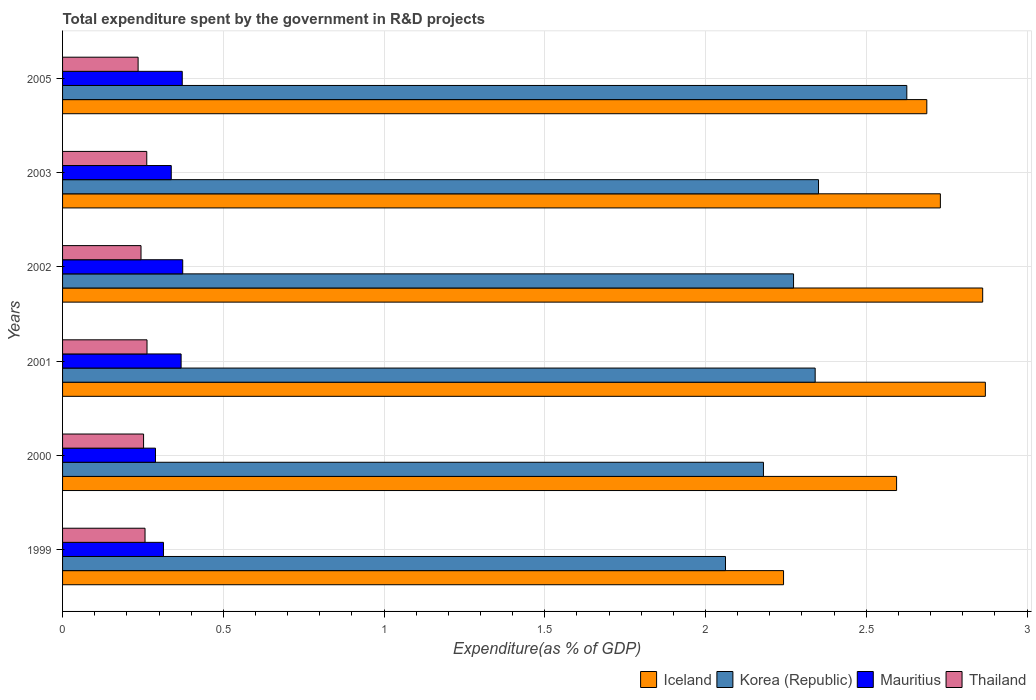
| Years | Iceland | Korea (Republic) | Mauritius | Thailand |
 | --- | --- | --- | --- | --- |
 | 1999 | 2.24 | 2.06 | 0.314 | 0.257 |
 | 2000 | 2.59 | 2.18 | 0.289 | 0.252 |
 | 2001 | 2.87 | 2.34 | 0.369 | 0.263 |
 | 2002 | 2.86 | 2.27 | 0.374 | 0.244 |
 | 2003 | 2.73 | 2.35 | 0.338 | 0.262 |
 | 2005 | 2.69 | 2.63 | 0.372 | 0.235 |